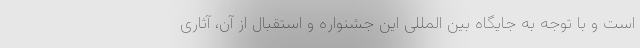
است و با توجه به جایگاه بین المللی این جشنواره و استقبال از آن، آثاری